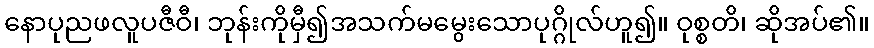
နောပုညဖလူပဇီဝီ၊ ဘုန်းကိုမှီ၍အသက်မမွေးသောပုဂ္ဂိုလ်ဟူ၍။ ဝုစ္စတိ၊ ဆိုအပ်၏။